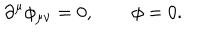
LaTeX: \partial ^ { \mu } \phi _ { \mu \nu } = 0 , \qquad \phi = 0 .